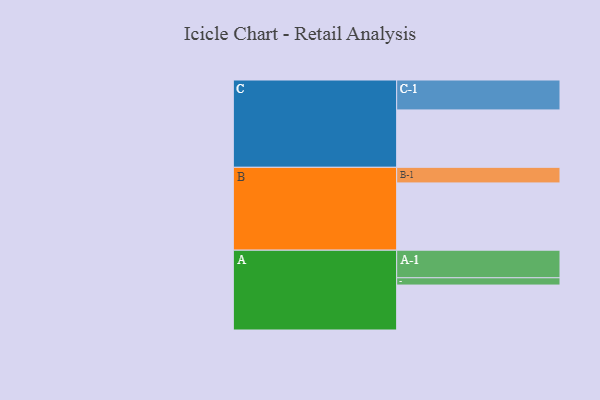
{"axis": {"x": "Segment", "y": "Value"}, "legend": ["", "A", "B", "C"], "data": [{"x": "A", "y": 383, "type": ""}, {"x": "B", "y": 573, "type": ""}, {"x": "C", "y": 489, "type": ""}, {"x": "A-1", "y": 235, "type": "A"}, {"x": "A-2", "y": 62, "type": "A"}, {"x": "B-1", "y": 133, "type": "B"}, {"x": "C-1", "y": 255, "type": "C"}]}